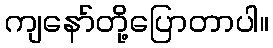
ကျနော်တို့ပြောတာပါ။